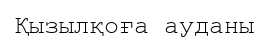
Қызылқоға ауданы